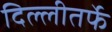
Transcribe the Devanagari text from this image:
दिल्लीतर्फे